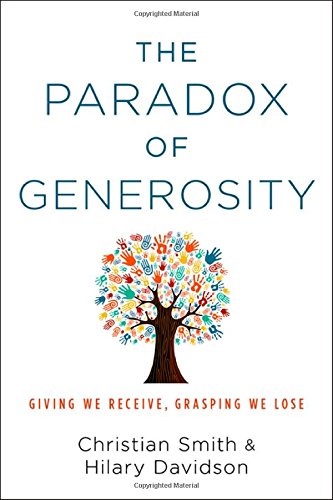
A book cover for The Paradox of Generosity: Giving We Receive, Grasping We Lose; Christian Smith; Politics & Social Sciences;